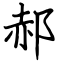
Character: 郝